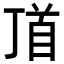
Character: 𩠑